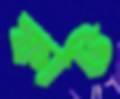
ফাট